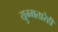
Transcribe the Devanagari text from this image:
युग्मतारेही